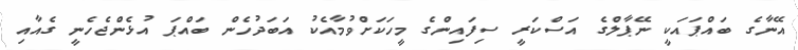
އޭނާގެ ބައްޕައަކީ ނޭޕާލްގެ އަސްކަރީ ސިފައިންގެ މީހަކަށްވުމާއެކު އަބަދުހެން ބައްޕަ އުޅެންޖެހެނީ ގެއާއި